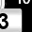
Digit: 3